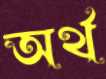
অর্থ